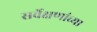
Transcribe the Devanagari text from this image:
सर्वेक्षणांच्या